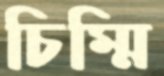
চিম্মি